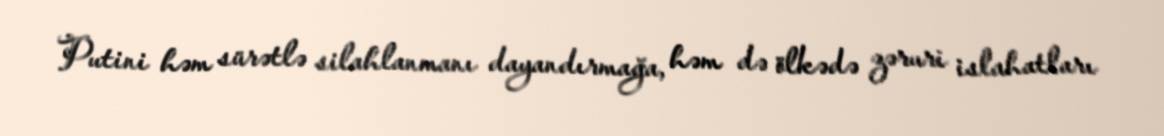
Putini həm sürətlə silahlanmanı dayandırmağa, həm də ölkədə zəruri islahatları